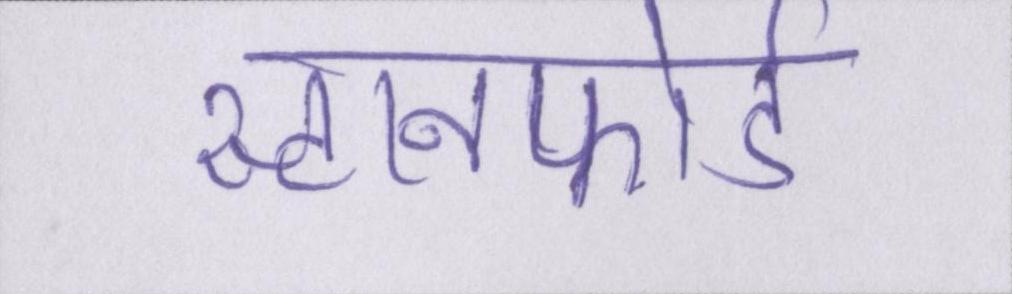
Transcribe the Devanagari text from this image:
स्टानफोर्ड